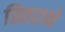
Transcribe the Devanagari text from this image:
छितराने